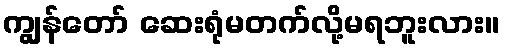
ကျွန်တော် ဆေးရုံမတက်လို့မရဘူးလား။